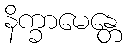
နိက္ခာမေန္တေ